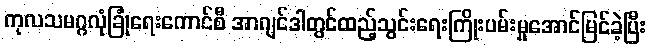
ကုလသမဂ္ဂလုံခြုံရေးကောင်စီ အာဂျင်ဒါတွင်ထည့်သွင်းရေးကြိုးပမ်းမှုအောင်မြင်ခဲ့ပြီး